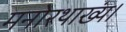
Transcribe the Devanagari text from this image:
मनोरथाख्यं।